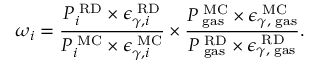
\omega _ { i } = \frac { { P _ { i } ^ { \mathrm { \tiny ~ R D } } \times \epsilon _ { \gamma , i } ^ { \mathrm { \tiny ~ R D } } } } { { P _ { i } ^ { \mathrm { \tiny ~ M C } } \times \epsilon _ { \gamma , i } ^ { \mathrm { \tiny ~ M C } } } } \times \frac { { P _ { \mathrm { \tiny ~ g a s } } ^ { \mathrm { \tiny ~ M C } } \times \epsilon _ { \gamma , \mathrm { \tiny ~ g a s } } ^ { \mathrm { \tiny ~ M C } } } } { { P _ { \mathrm { \tiny ~ g a s } } ^ { \mathrm { \tiny ~ R D } } \times \epsilon _ { \gamma , \mathrm { \tiny ~ g a s } } ^ { \mathrm { \tiny ~ R D } } } } .